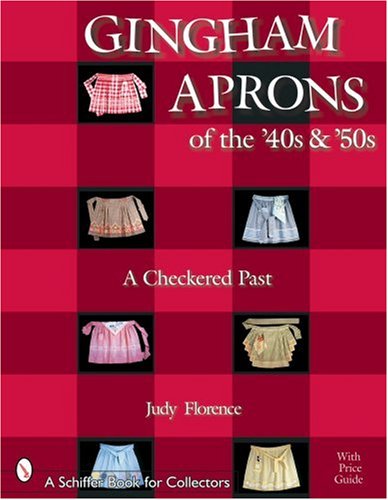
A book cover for Gingham Aprons of the '40s & '50s: A Checkered Past (Schiffer Book for Collectors); Judy Florence; Crafts, Hobbies & Home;